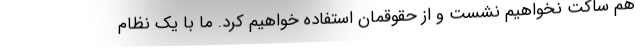
هم ساکت نخواهیم نشست و از حقوقمان استفاده خواهیم کرد. ما با یک نظام